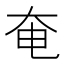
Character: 奄